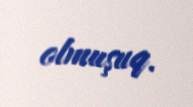
olmuşuq.